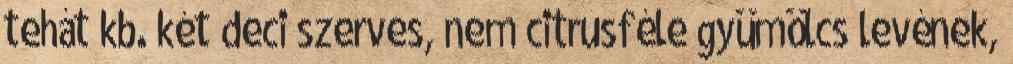
tehát kb. két deci szerves, nem citrusféle gyümölcs levének,